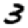
Digit: 3